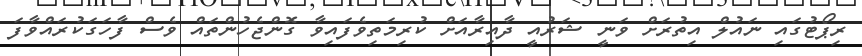
ރިޕޯޓުގައި ނައުލް އިތުރަށް ވަނީ ޝަރުއީ ދާއިރާއަށް ކުރިމަތިވެފައިވާ ގޮންޖެހުންތައް ވެސް ފާހަގަކުރައްވާފަ